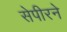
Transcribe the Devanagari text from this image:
सेपीरने